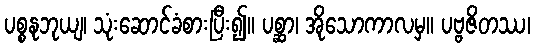
ပစ္စနုဘုယျ၊ သုံးဆောင်ခံစားပြီး၍။ ပစ္ဆာ၊ အိုသောကာလမှ။ ပဗ္ဗဇိတဿ၊